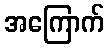
အကြောက်